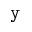
{ \tt y }